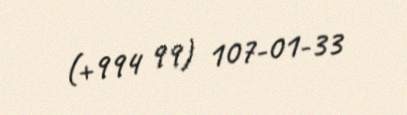
(+994 99) 107-01-33